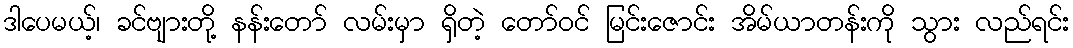
ဒါပေမယ့်၊ ခင်ဗျားတို့ နန်းတော် လမ်းမှာ ရှိတဲ့ တော်ဝင် မြင်းဇောင်း အိမ်ယာတန်းကို သွား လည်ရင်း